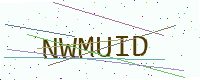
Text: NWMUID